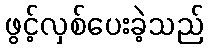
ဖွင့်လှစ်ပေးခဲ့သည်